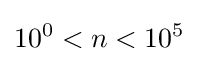
10^{0}<n<10^{5}